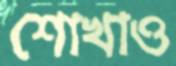
শোখাও